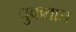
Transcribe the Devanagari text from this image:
चुकतात